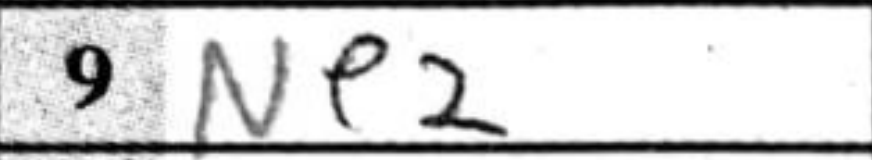
Transcription: Ne2